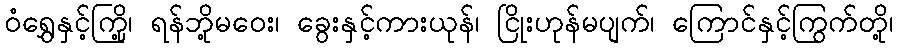
ဝံရွှေနှင့်ကြို့၊ ရန်ဘို့မဝေး၊ ခွေးနှင့်ကားယုန်၊ ငြိုးဟုန်မပျက်၊ ကြောင်နှင့်ကြွက်တို့၊